Report of the veterinary officer investigating camel disease
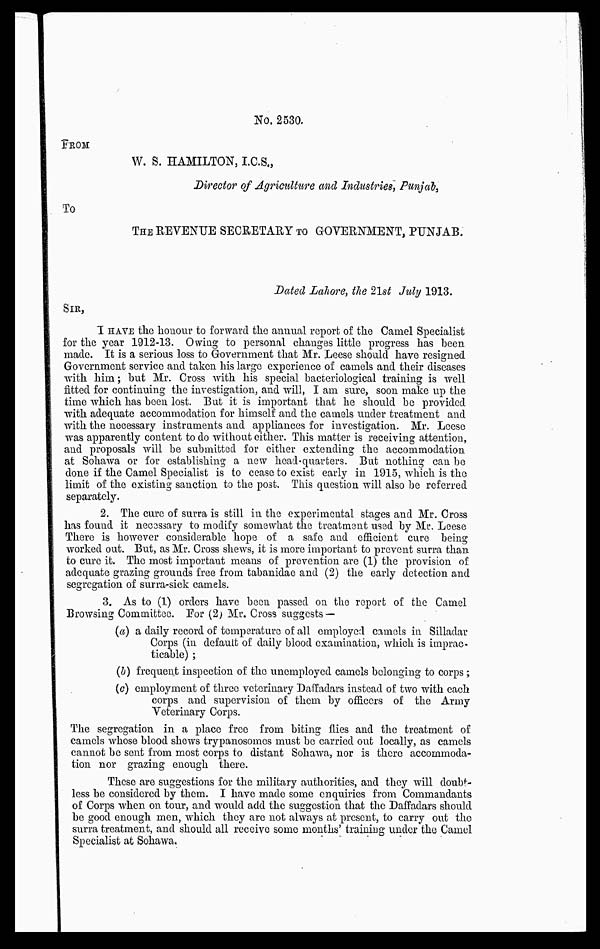
No. 2530.
FROM
W. S. HAMILTON, I.C.S.,
Director of Agriculture and Industries, Punjab,
To
THE REVENUE SECRETARY TO GOVERNMENT, PUNJAB.
Dated Lahore, the 21st July 1913.
SIR,
I HAVE the honour to forward the annual report of the Camel Specialist
for the year 1912-13. Owing to personal changes little progress has been
made. It is a serious loss to Government that Mr. Leese should have resigned
Government service and taken his largo experience of camels and their diseases
with him; but Mr. Cross with his special bacteriological training is well
fitted for continuing the investigation, and will, I am sure, soon make up the
time which has been lost. But it is important that he should be provided
with adequate accommodation for himself and the camels under treatment and
with the necessary instruments and appliances for investigation. Mr. Leese
was apparently content to do without either. This matter is receiving attention,
and proposals will be submitted for either extending the accommodation
at Sohawa or for establishing a new head-quarters. But nothing can be
done if the Camel Specialist is to cease to exist early in 1915, which is the
limit of the existing sanction to the post. This question will also be referred
separately.
2. The cure of surra is still in the experimental stages and Mr. Cross
has found it necsssary to modify somewhat the treatment used by Mr. Leese
There is however considerable hope of a safe and efficient cure being
worked out. But, as Mr. Cross shews, it is more important to prevent surra than
to cure it. The most important means of prevention are (1) the provision of
adequate grazing grounds free from tabanidæ and (2) the early detection and
segregation of surra-sick camels.
3. As to (1) orders have been passed on the report of the Camel
Browsing Committee. F.or (2) Mr. Cross suggests —
(a) a daily record of temperature of all employed camels in Silladar
Corps (in default of daily blood examination, which is imprac-
ticable) ;
(b) frequent inspection of the unemployed camels belonging to corps ;
(c) employment of three veterinary Daffadars instead of two with each
corps and supervision of them by officers of the Army
Veterinary Corps.
The segregation in a place free from biting flies and the treatment of
camels whose blood shews trypanosomes must be carried out locally, as camels
cannot be sent from most corps to distant Sohawa, nor is there accommoda-
tion nor grazing enough there.
These are suggestions for the military authorities, and they will doubt-
less be considered by them. I have made some enquiries from Commandants
of Corps when on tour, and would add the suggestion that the Daffadars should
be good enough men, which they are not always at present, to carry out the
surra treatment, and should all receive some months' training under the Camel
Specialist at Sohawa.